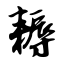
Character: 耨